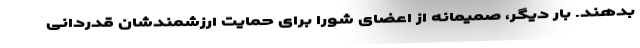
بدهند. بار دیگر، صمیمانه از اعضای شورا برای حمایت ارزشمندشان قدردانی